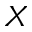
\boldsymbol { X }